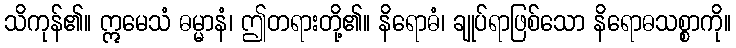
သိကုန်၏။ ဣမေသံ ဓမ္မာနံ၊ ဤတရားတို့၏။ နိရောဓံ၊ ချုပ်ရာဖြစ်သော နိရောဓသစ္စာကို။